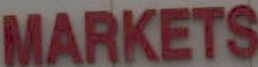
MARKETS